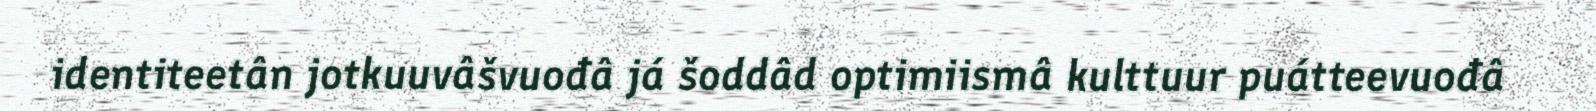
identiteetân jotkuuvâšvuođâ já šoddâd optimiismâ kulttuur puátteevuođâ